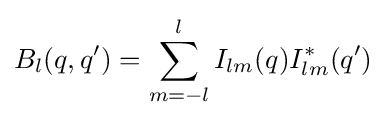
B_{l}(q,q')=\sum _{m=-l}^{l}I_{lm}(q)I_{lm}^{*}(q')